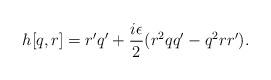
LaTeX: \begin{align*}h[q,r] = r' q' + \frac{i\epsilon}{2} (r^2 q q' - q^2 r r').\end{align*}